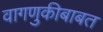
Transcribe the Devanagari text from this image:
वागणुकीबाबत